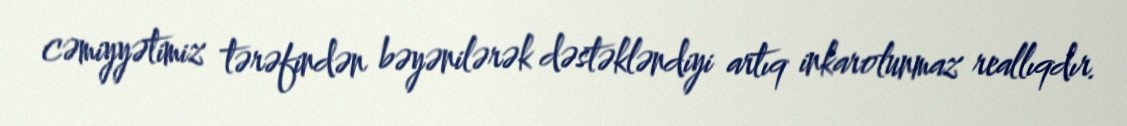
cəmiyyətimiz tərəfindən bəyənilərək dəstəkləndiyi artıq inkarolunmaz reallıqdır.